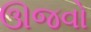
ઊજવો